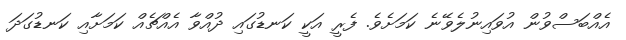
އެއްބަސްވުން އުވައިނުލެވޭނެ ކަމަށެވެ. ފެރީ އަކީ ކަނޑުގައި ދުއްވާ އެއްޗެއް ކަމަށާއި ކަނޑުގަދަ